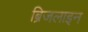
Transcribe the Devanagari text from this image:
ब्रिजलाइन